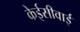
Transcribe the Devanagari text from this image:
केईसीवाई